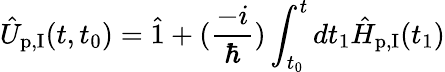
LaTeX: \hat{U}_{\textrm{p,I}}(t,t_{0})=\hat{1}+(\frac{-i}{\hbar})\int_{t_{0}}^{t}dt_{1}\hat{H}_{\textrm{p,I}}(t_{1})